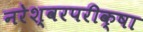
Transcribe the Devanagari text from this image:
नरेश्वरपरीक्षा